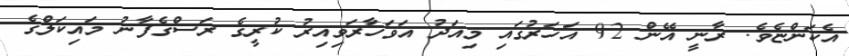
އެކަންޏެވެ. ރާނީ އޭން 92 އަހަރުގައި މިއަދު އަވަހާރަވިއިރު ކުރީގެ ރަސްގެފާނު މައިކަލްގެ